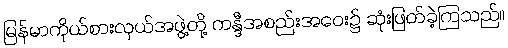
မြန်မာကိုယ်စားလှယ်အဖွဲ့တို့ ကန္ဒီအစည်းအဝေး၌ ဆုံးဖြတ်ခဲ့ကြသည်။